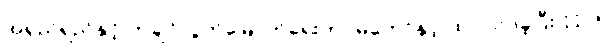
အရှည်ရှည်နှင့် ကချင်လွတ်မြောက်ရေးတပ်မတော်နှင့် ထုပ်လုပ်ခဲ့ပြီး 11:00